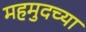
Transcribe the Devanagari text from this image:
महमुदच्या